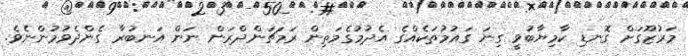
މަރުޒޫގަށް ގޮނޑި ކާމިޔާބުވީ ގިނަ ގައުމުތަކެއްގެ އެދުމުގެމަތިން ރަމަޗަންދްރަން ނަން އަނބުރާ ގެންދެވުމުންނެވެ.